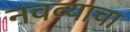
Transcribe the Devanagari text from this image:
नवव्याचा